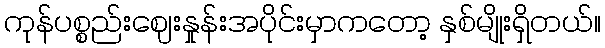
ကုန်ပစ္စည်းဈေးနှုန်းအပိုင်းမှာကတော့ နှစ်မျိုးရှိတယ်။